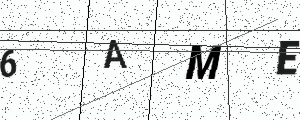
Text: 6AME